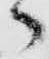
々